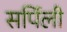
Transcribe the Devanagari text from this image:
सर्पिली